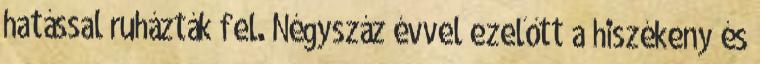
hatással ruházták fel. Négyszáz évvel ezelőtt a hiszékeny és